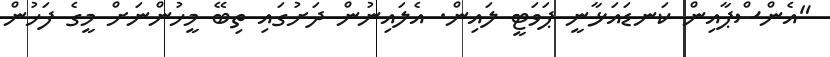
"އެންސްޕާއިން ކަނޑައަޅާނީ ޕަވަޓީ ލައިން. އެލައިނުން ދަށުގައި ތިބޭ މީހުންނަށް މީގެ ފަހުން